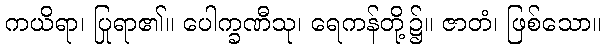
ကယိရာ၊ ပြုရာ၏။ ပေါက္ခဏီသု၊ ရေကန်တို့၌။ ဇာတံ၊ ဖြစ်သော။